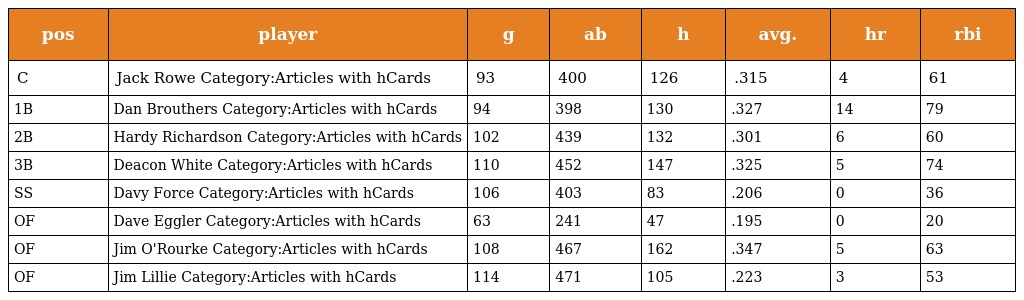
| pos | player | g | ab | h | avg. | hr | rbi |
 | --- | --- | --- | --- | --- | --- | --- | --- |
 | C | Jack Rowe Category:Articles with hCards | 93 | 400 | 126 | .315 | 4 | 61 |
 | 1B | Dan Brouthers Category:Articles with hCards | 94 | 398 | 130 | .327 | 14 | 79 |
 | 2B | Hardy Richardson Category:Articles with hCards | 102 | 439 | 132 | .301 | 6 | 60 |
 | 3B | Deacon White Category:Articles with hCards | 110 | 452 | 147 | .325 | 5 | 74 |
 | SS | Davy Force Category:Articles with hCards | 106 | 403 | 83 | .206 | 0 | 36 |
 | OF | Dave Eggler Category:Articles with hCards | 63 | 241 | 47 | .195 | 0 | 20 |
 | OF | Jim O'Rourke Category:Articles with hCards | 108 | 467 | 162 | .347 | 5 | 63 |
 | OF | Jim Lillie Category:Articles with hCards | 114 | 471 | 105 | .223 | 3 | 53 |